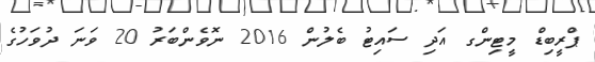
ޕްރީބިޑް މީޓިންގ އަދި ސައިޓު ބެލުން 2016 ނޮވެންބަރު 20 ވަނަ ދުވަހުގެ